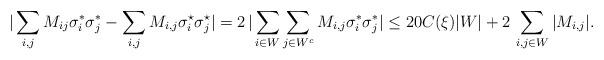
LaTeX: \begin{align*}|\sum_{i,j} M_{ij} \sigma_i^* \sigma_j^* - \sum_{i,j} M_{i,j} \sigma_i^{\star} \sigma_j^{\star} | =2\, | \sum_{i \in W} \sum_{j \in W^c} M_{i,j} \sigma_i^* \sigma_j^*| \leq 20 C(\xi) |W| + 2\, \sum_{i,j \in W} |M_{i,j}|. \end{align*}